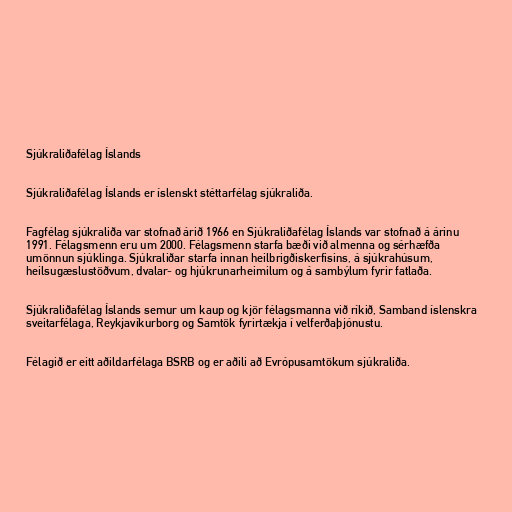
Sjúkraliðafélag Íslands

Sjúkraliðafélag Íslands er íslenskt stéttarfélag sjúkraliða.

Fagfélag sjúkraliða var stofnað árið 1966 en Sjúkraliðafélag Íslands var stofnað á árinu
1991. Félagsmenn eru um 2000. Félagsmenn starfa bæði við almenna og sérhæfða
umönnun sjúklinga. Sjúkraliðar starfa innan heilbrigðiskerfisins, á sjúkrahúsum,
heilsugæslustöðvum, dvalar- og hjúkrunarheimilum og á sambýlum fyrir fatlaða.

Sjúkraliðafélag Íslands semur um kaup og kjör félagsmanna við ríkið, Samband íslenskra
sveitarfélaga, Reykjavíkurborg og Samtök fyrirtækja í velferðaþjónustu.

Félagið er eitt aðildarfélaga BSRB og er aðili að Evrópusamtökum sjúkraliða.